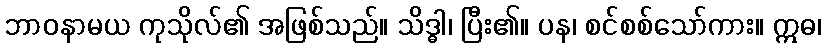
ဘာဝနာမယ ကုသိုလ်၏ အဖြစ်သည်။ သိဒ္ဓါ၊ ပြီး၏။ ပန၊ စင်စစ်သော်ကား။ ဣဓ၊